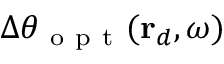
\Delta \theta _ { \mathrm { ~ o ~ p ~ t ~ } } ( \mathbf { r } _ { d } , \omega )